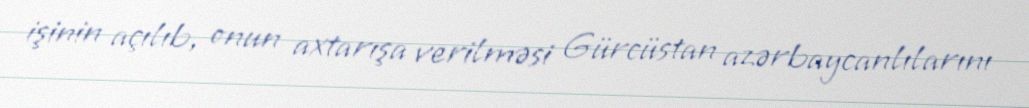
işinin açılıb, onun axtarışa verilməsi Gürcüstan azərbaycanlılarını